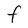
Character: F